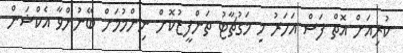
ކުރިއަށް އޮތް ފަސް އަހަރު މި މަގުޗާޓު ތަންފީޒުކޮށް ނިންމުމަށް ބޭނުންވާ އެކްޝަން